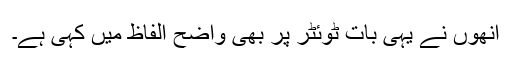
انھوں نے یہی بات ٹوئٹر پر بھی واضح الفاظ میں کہی ہے۔